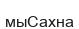
мыСахна